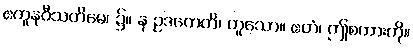
ဧကူနဝီသတိမေ၊ ၌။ န ဥဒကေတိ၊ ဟူသော။ ဧတံ၊ ဤစကားကို။